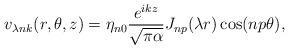
LaTeX: \begin{align*}v_{\lambda n k} (r, \theta,z)=\eta_{n0}\frac{e^{ikz}}{\sqrt{\pi \alpha}}J_{np}(\lambda r) \cos (np \theta){,}\end{align*}